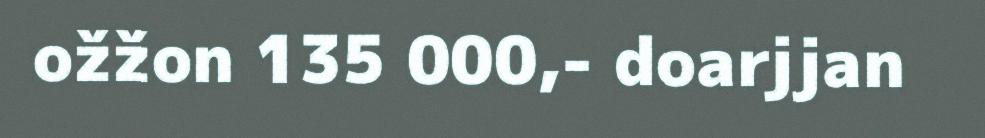
ožžon 135 000,- doarjjan